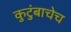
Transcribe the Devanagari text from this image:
कुटुंबाचेच